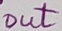
Text: out